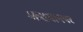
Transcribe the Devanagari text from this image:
आख्यानपर